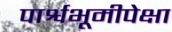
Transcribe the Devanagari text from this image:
पार्श्वभूमीपेक्षा